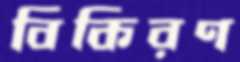
বিকিরণ